Lunatic asylums Punjab 1911-1921 - 1911-1921
Year: 1911
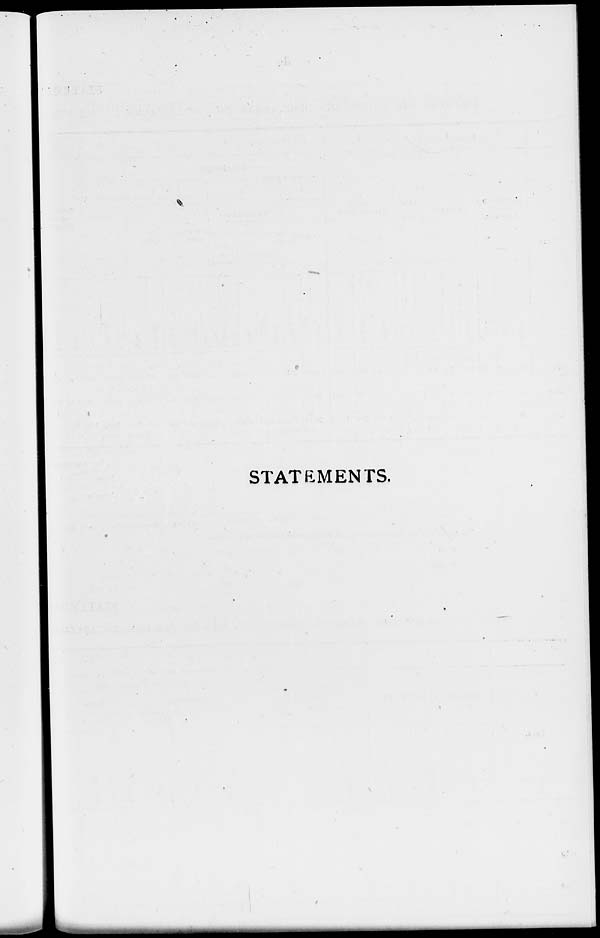
STATEMENTS